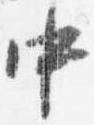
中